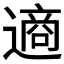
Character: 𮷧